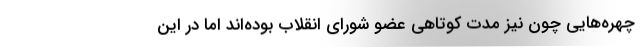
چهره‌هایی چون نیز مدت کوتاهی عضو شورای انقلاب بوده‌اند اما در این